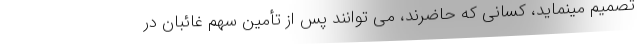
تصمیم مینماید، کسانی که حاضرند، می توانند پس از تأمین سهم غائبان در